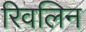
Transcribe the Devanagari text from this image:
रिवलिन